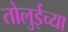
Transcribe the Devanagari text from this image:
तोलुईच्या